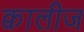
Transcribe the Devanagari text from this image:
क्वालीज